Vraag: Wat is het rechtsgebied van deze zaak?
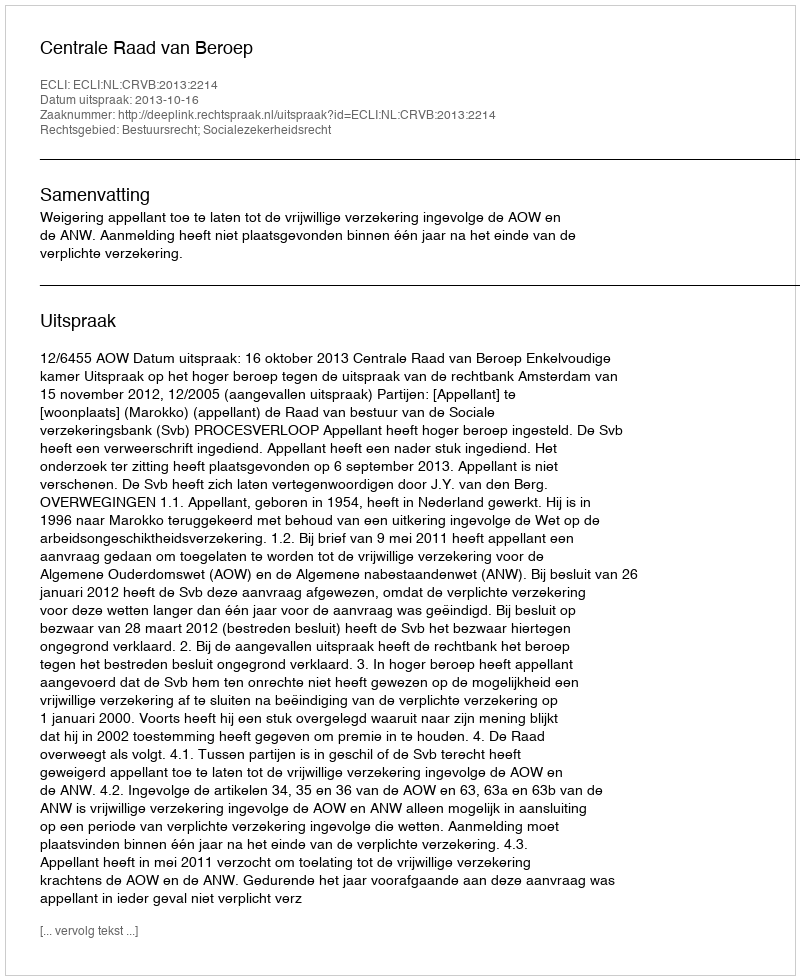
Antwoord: Bestuursrecht; Socialezekerheidsrecht